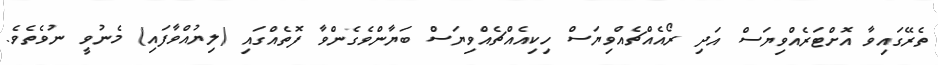
ތެރޭގައިވާ އޮށްޓަރެއްވިޔަސް އަދި ރޯއެއްޗެއްވިޔަސް ހިކިއެއްޗެއްވިޔަސް ބަޔާންވެގެންވާ ފޮތެއްގައި (ލިޔުއްވާފައި) މެނުވީ ނުވެތެވެ.